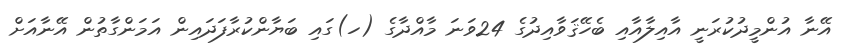
އޭނާ އުންމީދުކުރަނީ އާއިލާއާއި ބެހޭޤަވާއިދުގެ 24ވަނަ މާއްދާގެ (ހ)ގައި ބަޔާންކުރާފަދައިން އަމަންގާތުން އޭނާއަށް